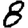
Digit: 8